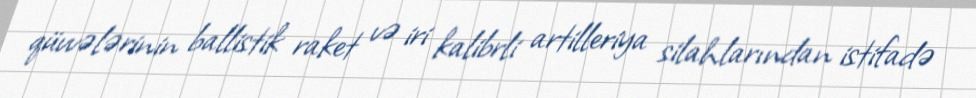
qüvvələrinin ballistik raket və iri kalibrli artilleriya silahlarından istifadə